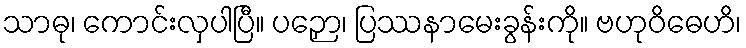
သာဓု၊ ကောင်းလှပါပြီ။ ပဉှော၊ ပြဿနာမေးခွန်းကို။ ဗဟုဝိဓေဟိ၊